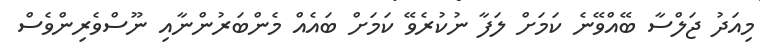
މިއަދު ޖަލްސާ ބޭއްވޭނެ ކަމަށް ލަފާ ނުކުރެވޭ ކަމަށް ބައެއް މެންބަރުންނާއި ނޫސްވެރިންވެސް